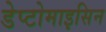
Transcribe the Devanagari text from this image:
डेप्टोमाइसिन